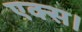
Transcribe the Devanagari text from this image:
एक्स।